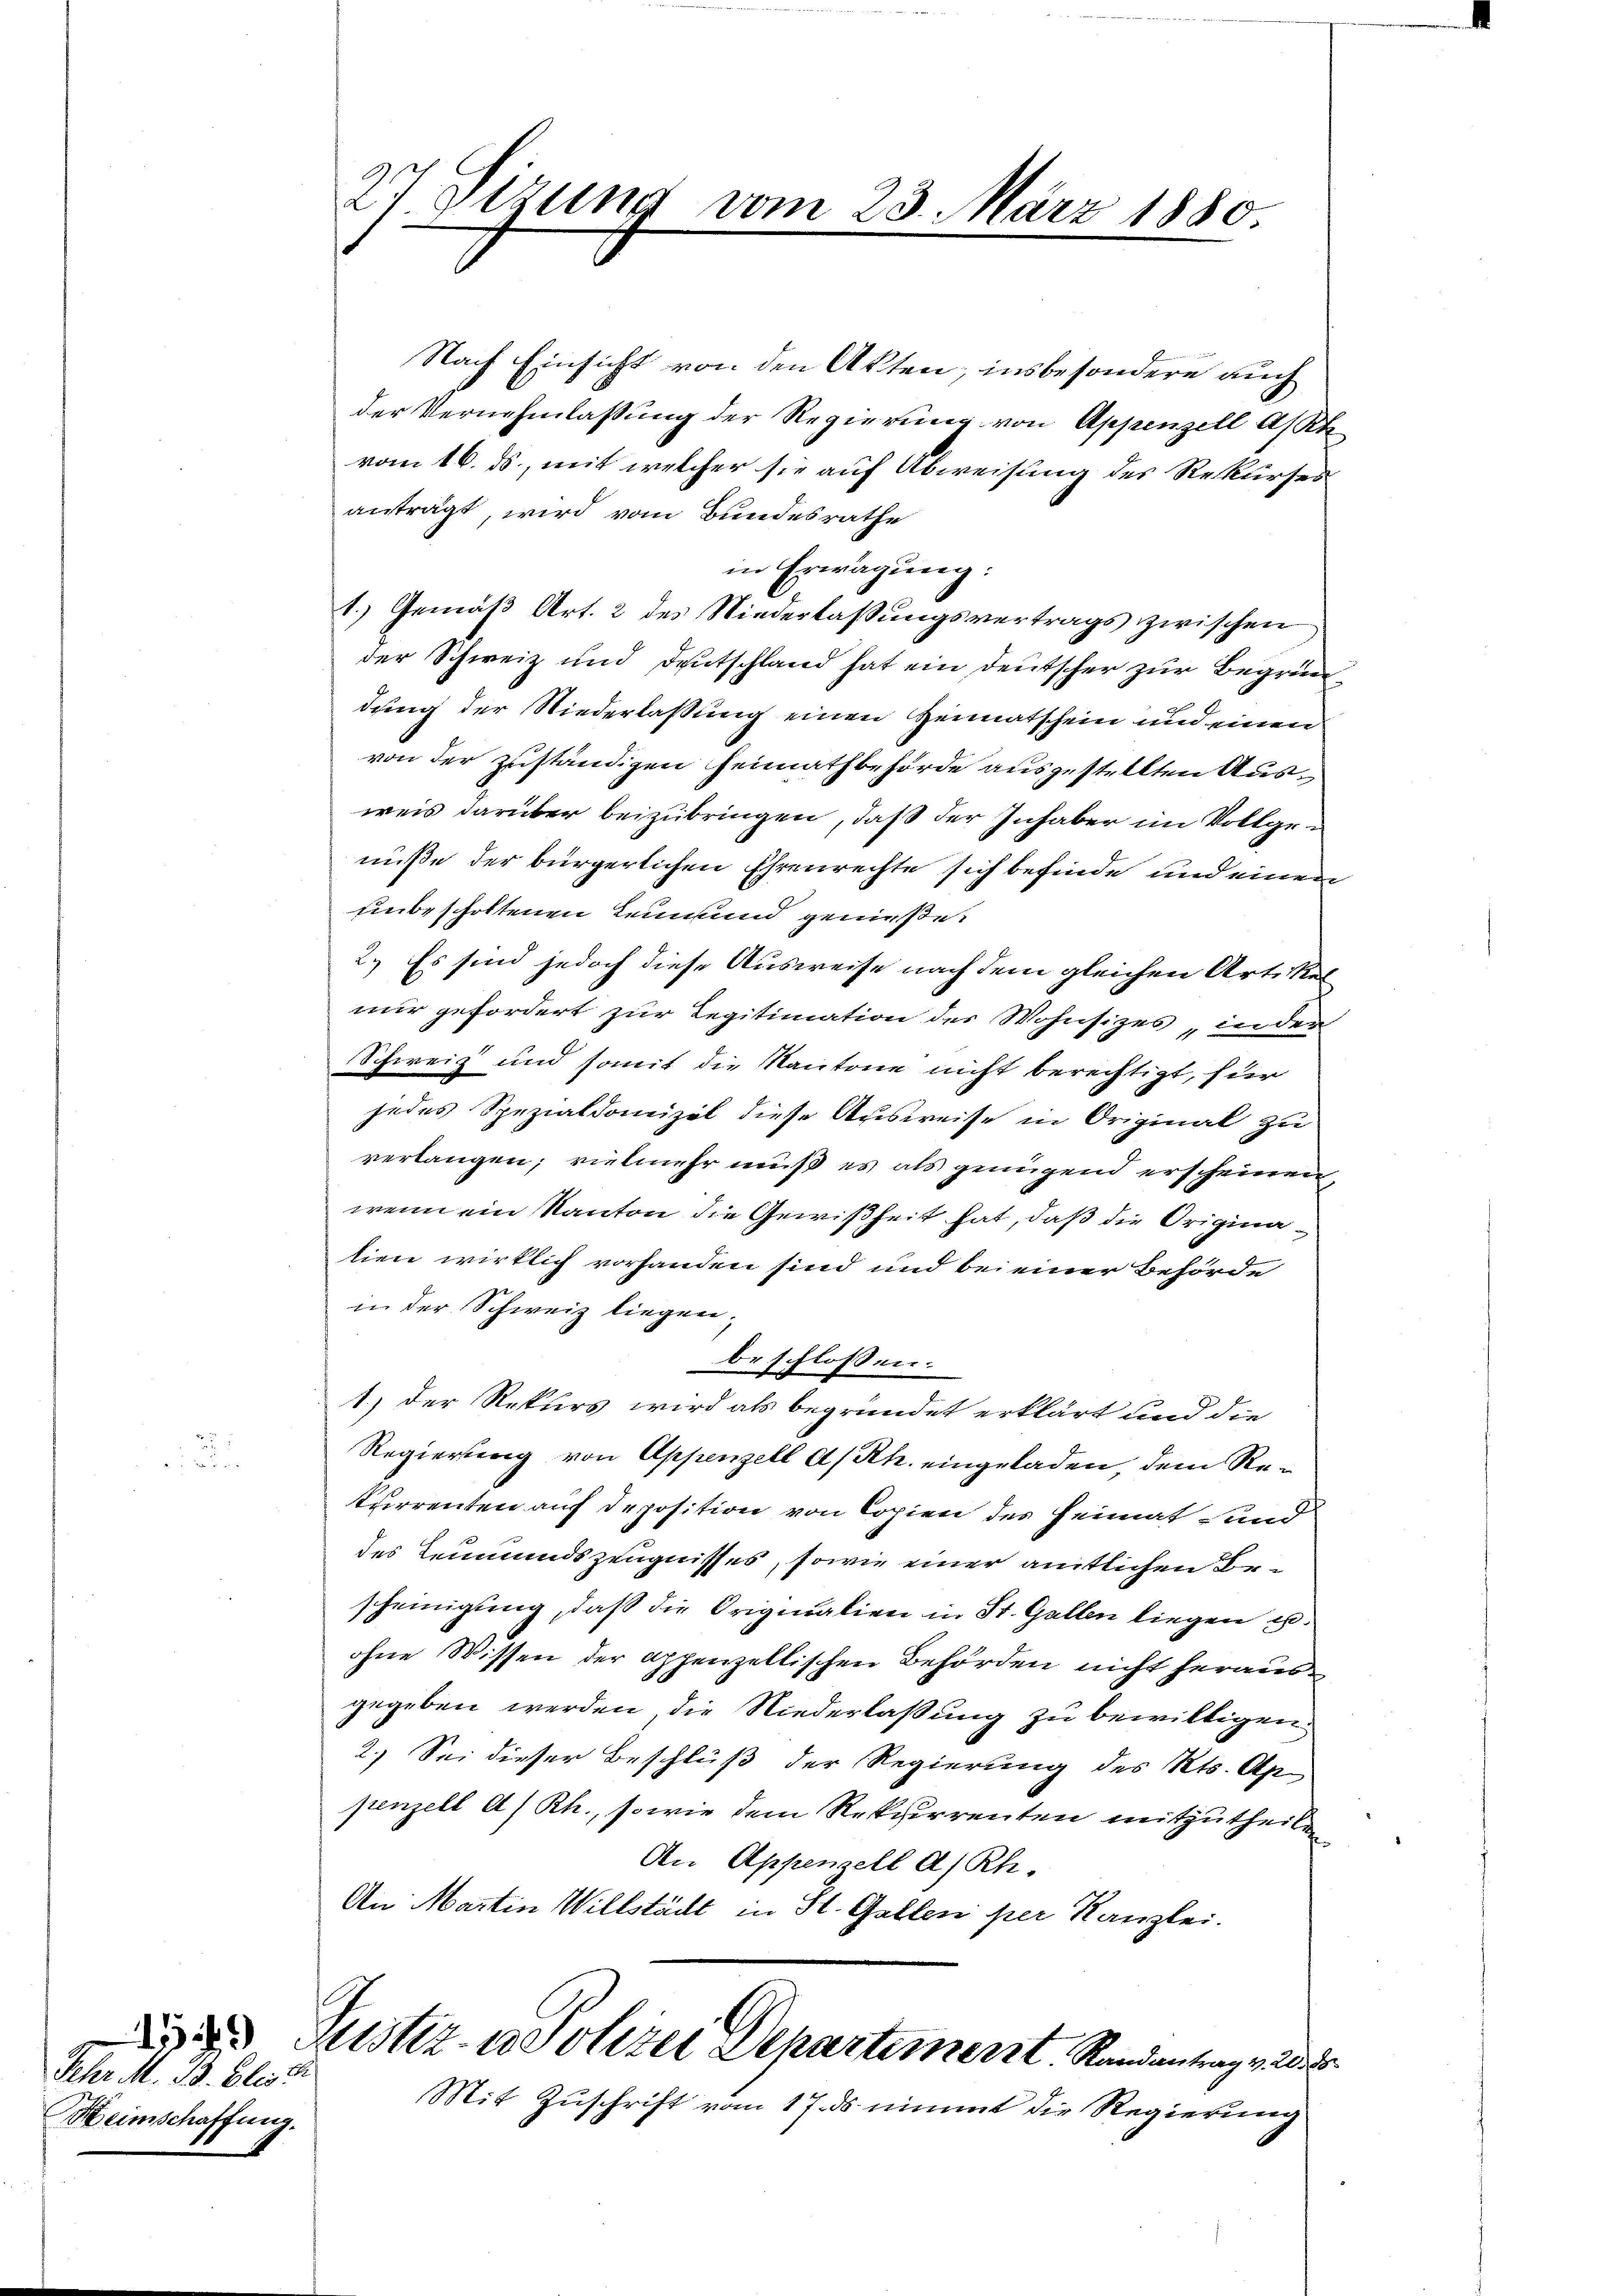
Sehr M. 13. Elisa
Heimschaffung.

27 Sizung vom 23. März 1880

Nach Einsicht von den Akten, insbesondere auch
der Vernehmlassung der Regierung von Appenzell Ast
vom 16. ds., mit welcher sie auf Abweisung des Rekurses
anträgt, wird vom Bundesrathe
in Erwägung:
1.) Gemäß Art. 2 des Niederlassungsvertrags zwischen
der Schweiz und Deutschland hat ein Deutscher zur Begrün
dung der Niederlassung einen Heimatschein und einen
von der zuständigen Heimathbehörde ausgestellten Ausweis darüber beizubringen, daß der Inhaber im Vollgenuße der bürgerlichen Ehrenrechte sich befinde und einen
unbeschottenen Leumund genieße.
2.) Es sind jedoch diese Ausweise nach dem gleichen Art. Kelnur gefordert zur Legitimation des Wohnsizes „in der
Schweiz und somit die Kantone nicht berechtigt, für
jedes Spezialdomizil diese Ausweise in Original zu
verlangen; vielmehr muß es als genügend erscheinen,
wenn ein Kanton die Gewißheit hat, daß die Originatien wirklich vorhanden sind und bei einer Behörde
in der Schweiz liegen;
beschlossen:
1.) Der Rekurs wird als begründet erklärt und die
Regierung von Appenzell A/Rh. eingeladen, dem Rekurrenten auf deposition von Copien des Heimat und
des Leumundszeugnisses, sowie einer amtlichen Bescheinigung, daß die Origination in St. Gallen liegen u.
ohne Wissen der Appenzellischen Behörden nicht herausgegeben werden, die Niederlaßung zu bewilligen.
2.) Sei dieser Beschluß der Regierung des Kts. Ap
penzell A/Rh., sowie dem Rekurrenten mitzutheilen
An Appenzell a/Rh.
An Martin Willstäckt in St. Gallen per Kanzlei.
 Justiz- u Polizei Departement. Randantrag v. 23.
Mit Zuschrift vom 17. ds nimmt die Regierung